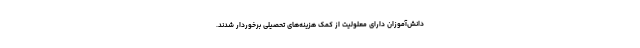
دانش‌آموزان دارای معلولیت از کمک هزینه‌های تحصیلی برخوردار شدند.